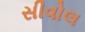
સીવોલ